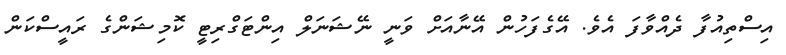
އިސްތިއުފާ ދެއްވާފަ އެވެ. އޭގެފަހުން އޭނާއަށް ވަނީ ނޭޝަނަލް އިންޓަގްރިޓީ ކޮމިޝަންގެ ރައީސްކަން